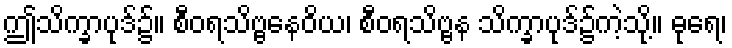
ဤသိက္ခာပုဒ်၌။ စီဝရသိဗ္ဗနေဝိယ၊ စီဝရသိဗ္ဗန သိက္ခာပုဒ်၌ကဲ့သို့။ ဓုရေ၊